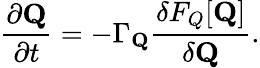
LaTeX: \frac{\partial{{\mathbf Q}}}{\partial t}=-\Gamma_{{\mathbf Q}}\frac{\delta F_{Q}[\mathbf{Q}]}{\delta{{\mathbf Q}}}.